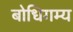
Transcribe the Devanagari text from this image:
बोधिगम्य